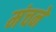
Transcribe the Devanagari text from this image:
मंचने